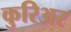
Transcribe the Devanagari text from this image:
कुरिअर